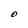
Character: O